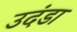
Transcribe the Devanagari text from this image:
उदंडा